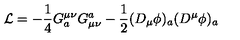
{ \cal L } = - { \frac { 1 } { 4 } } G _ { a } ^ { \mu \nu } G _ { \mu \nu } ^ { a } - { \frac { 1 } { 2 } } ( D _ { \mu } \phi ) _ { a } ( D ^ { \mu } \phi ) _ { a }